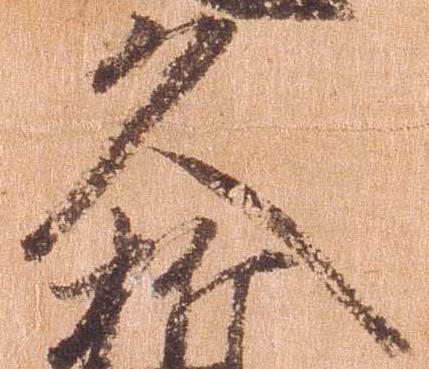
久